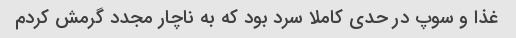
غذا و سوپ در حدی کاملا سرد بود که به ناچار مجدد گرمش کردم